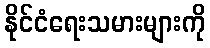
နိုင်ငံရေးသမားများကို